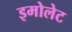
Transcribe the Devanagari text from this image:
इमोलेट